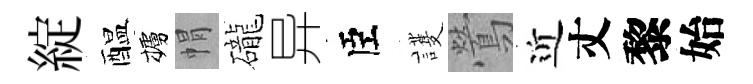
綻醖櫨㡌礲异臣護鶯近丈黎始